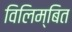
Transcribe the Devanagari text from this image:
विलिम्बित